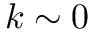
k \sim 0